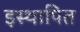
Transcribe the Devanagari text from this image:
इस्थापित